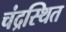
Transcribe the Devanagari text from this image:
चंद्रस्थित